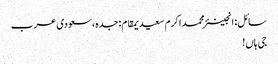
سائل: انجینئر محمد اکرم سعیدیمقام: جدہ، سعودی عرب
جی ہاں!